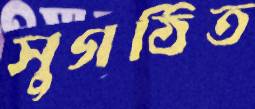
সুগঠিত